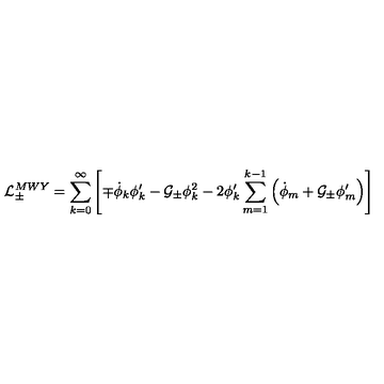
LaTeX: { \cal L } _ { \pm } ^ { M W Y } = \sum _ { k = 0 } ^ { \infty } \left[ \mp \dot { \phi } _ { k } \phi _ { k } ^ { \prime } - { \cal G _ { \pm } } \phi _ { k } ^ { 2 } - 2 \phi _ { k } ^ { \prime } \sum _ { m = 1 } ^ { k - 1 } \left( \dot { \phi } _ { m } + { \cal G _ { \pm } } \phi _ { m } ^ { \prime } \right) \right]